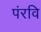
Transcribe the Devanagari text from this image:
पंरवि